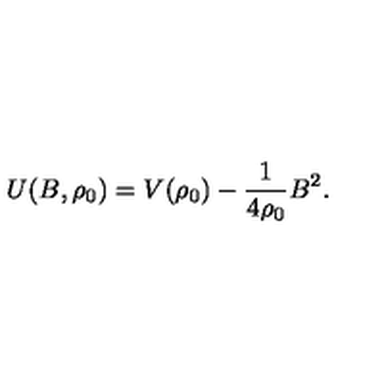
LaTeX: U ( B , \rho _ { 0 } ) = V ( \rho _ { 0 } ) - \frac { 1 } { 4 \rho _ { 0 } } B ^ { 2 } .